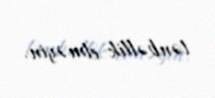
tənbəllik etməyin.